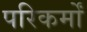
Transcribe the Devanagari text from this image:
परिकर्मों